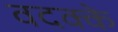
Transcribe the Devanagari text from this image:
वदक्के